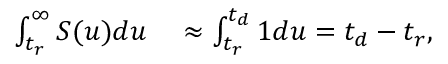
\begin{array} { r l } { \int _ { t _ { r } } ^ { \infty } S ( u ) d u } & { { } \approx \int _ { t _ { r } } ^ { t _ { d } } 1 d u = t _ { d } - t _ { r } , } \end{array}